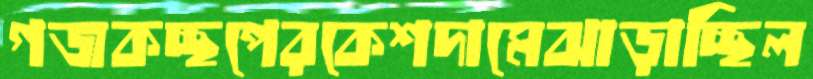
গজকচ্ছপেরকেশদামেঝাড়াচ্ছিল